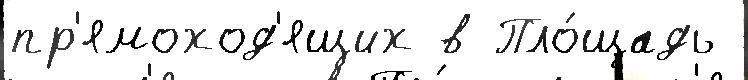
пр'ямоход'ящих в Пло́щадь